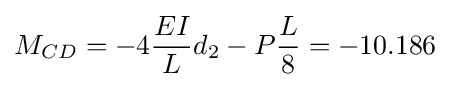
M_{CD}=-4{\frac {EI}{L}}d_{2}-P{\frac {L}{8}}=-10.186